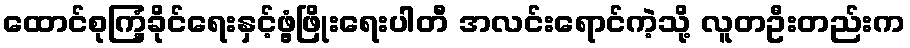
ထောင်စုကြံ့ခိုင်ရေးနှင့်ဖွံ့ဖြိုးရေးပါတီ အလင်းရောင်ကဲ့သို့ လူတဦးတည်းက